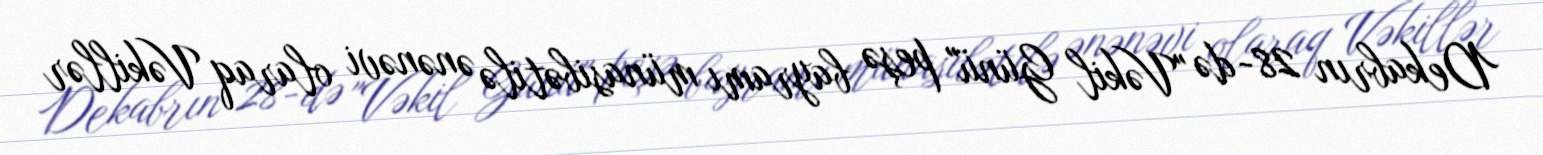
Dekabrın 28-də "Vəkil Günü" peşə bayramı münasibətilə ənənəvi olaraq Vəkillər